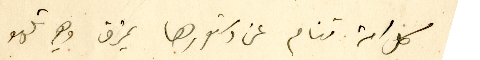
كل امة تنام عن دستورها يمزق وهي تلهو